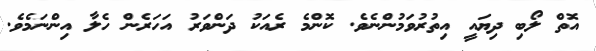
އޮތް ލޯބި ދިޔައީ އިތުރުވަމުންނެވެ. ކޮންމެ ރެއަކު ދަންވަރު އަހަރެން ހެލާ އިންނަމެވެ.